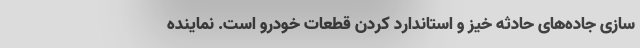
سازی جاده‌های حادثه خیز و استاندارد کردن قطعات خودرو است. نماینده